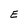
Character: E